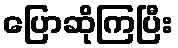
ပြောဆိုကြပြီး